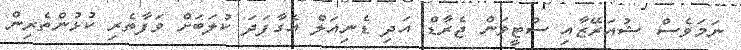
ނަމަވެސް ޝުއަރޭޒާއި ސްޓީވަން ޖެރާޑް އަދި ޑެނިއަލް އެގާފަދަ ކުލަބަށް ވަފާތެރި ކުޅުންތެރިން